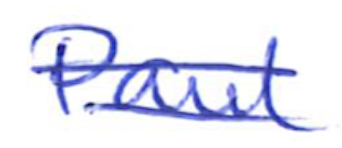
Text: Paul
Cross-out: double-line
Writing tool: ballpoint